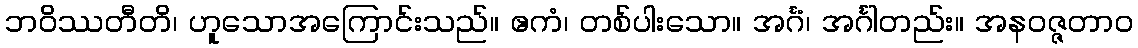
ဘဝိဿတီတိ၊ ဟူသောအကြောင်းသည်။ ဧကံ၊ တစ်ပါးသော။ အင်္ဂံ၊ အင်္ဂါတည်း။ အနဝဇ္ဇတာဝ